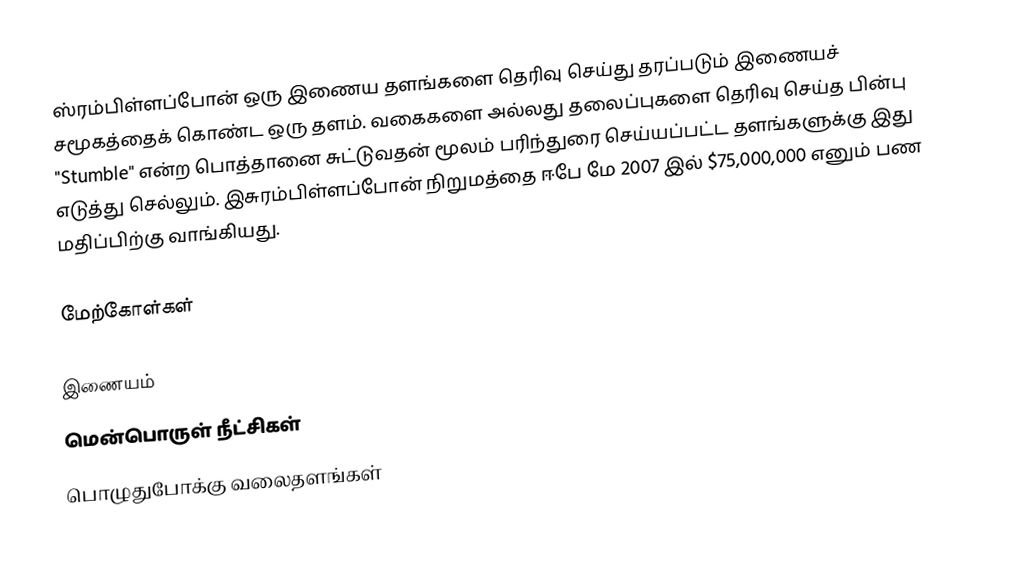
ஸ்ரம்பிள்ளப்போன் ஒரு இணைய தளங்களை தெரிவு செய்து தரப்படும் இணையச் சமூகத்தைக் கொண்ட ஒரு தளம். வகைகளை அல்லது தலைப்புகளை தெரிவு செய்த பின்பு "Stumble" என்ற பொத்தானை சுட்டுவதன் மூலம் பரிந்துரை செய்யப்பட்ட தளங்களுக்கு இது எடுத்து செல்லும்.  இசுரம்பிள்ளப்போன் நிறுமத்தை ஈபே மே 2007 இல் $75,000,000 எனும் பண மதிப்பிற்கு வாங்கியது.

மேற்கோள்கள்

இணையம்
மென்பொருள் நீட்சிகள்
பொழுதுபோக்கு வலைதளங்கள்